Document type: Grant
Year: 1301
Scribe: Berenguer de Terrassa
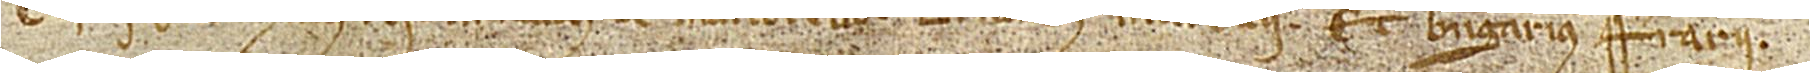
Testes sunt huius rei: Arnaldus de Martorello, Bernardus Laurencii et Berengarius Ferrarii.